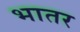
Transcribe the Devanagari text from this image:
भातर